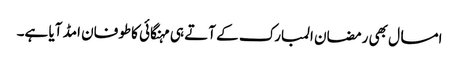
امسال بھی رمضان المبارک کے آتے ہی مہنگائی کاطوفان امڈ آیا ہے۔